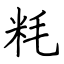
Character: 粍